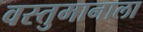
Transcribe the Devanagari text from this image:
वस्तुमानाला